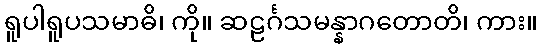
ရူပါရူပသမာဓိ၊ ကို။ ဆဠင်္ဂသမန္နာဂတောတိ၊ ကား။